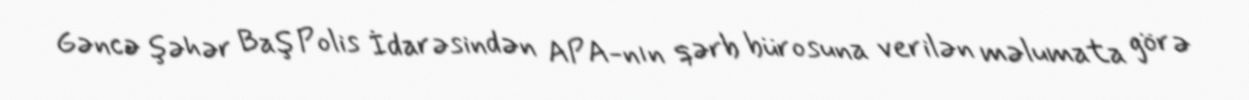
Gəncə şəhər Baş Polis İdarəsindən APA-nın qərb bürosuna verilən məlumata görə